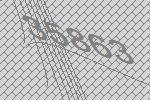
35863